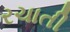
રચાતી